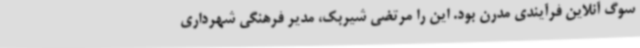
سوگ آنلاین فرآیندی مدرن بود. این را مرتضی شیربک، مدیر فرهنگی شهرداری